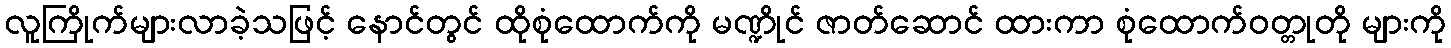
လူကြိုက်များလာခဲ့သဖြင့် နောင်တွင် ထိုစုံထောက်ကို မဏ္ဍိုင် ဇာတ်ဆောင် ထားကာ စုံထောက်ဝတ္တုတို များကို